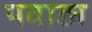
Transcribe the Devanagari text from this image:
पवाड़ा